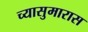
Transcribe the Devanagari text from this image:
च्यासुमारास